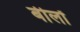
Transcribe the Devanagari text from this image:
बीलों